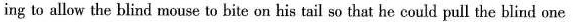
ing to allow the blind mouse to bite on his tail so that he could pull the blind one